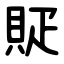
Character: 䝪